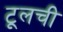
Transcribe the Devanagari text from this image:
टूलची